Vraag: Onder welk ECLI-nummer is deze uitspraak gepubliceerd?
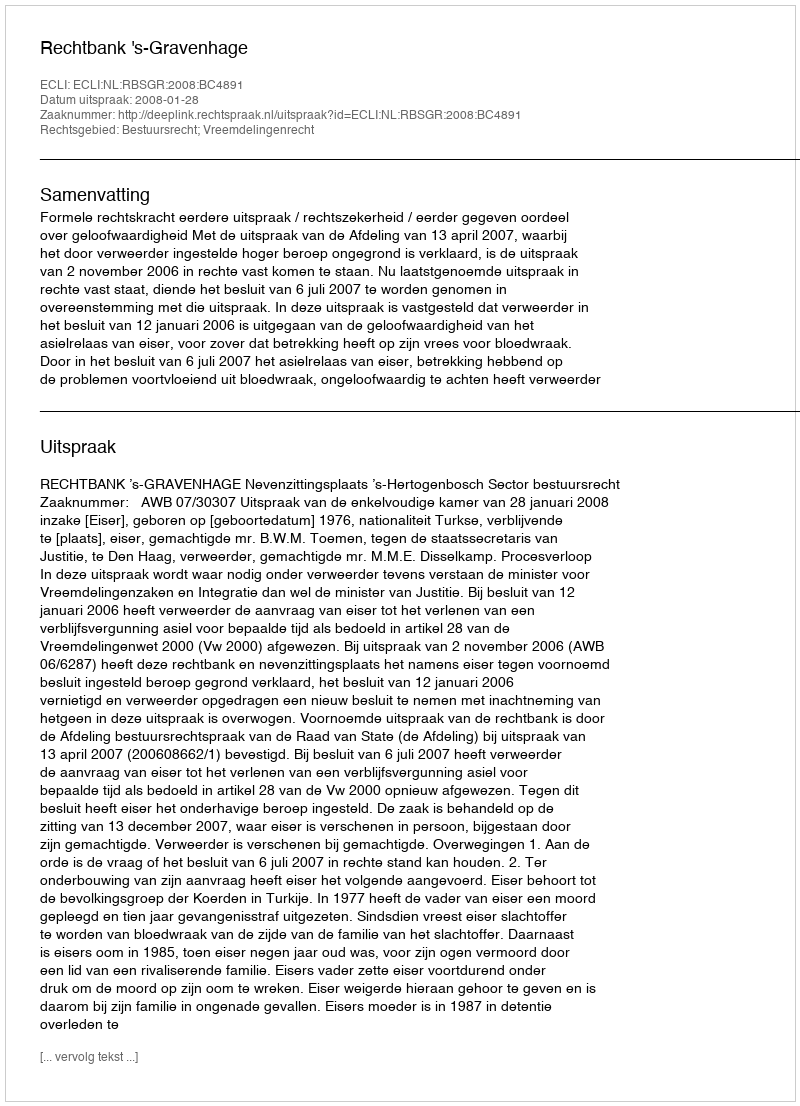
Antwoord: ECLI:NL:RBSGR:2008:BC4891